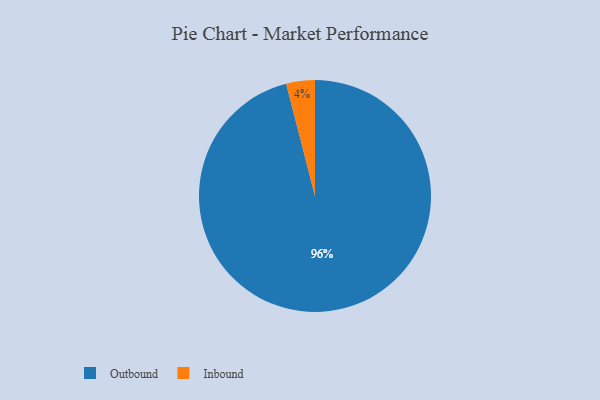
{"axis": {"x": "Category", "y": "Percentage"}, "legend": ["Inbound", "Outbound"], "data": [{"x": "Outbound", "y": 96, "type": "Outbound"}, {"x": "Inbound", "y": 4, "type": "Inbound"}]}